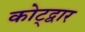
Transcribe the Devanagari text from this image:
कोट्द्वार